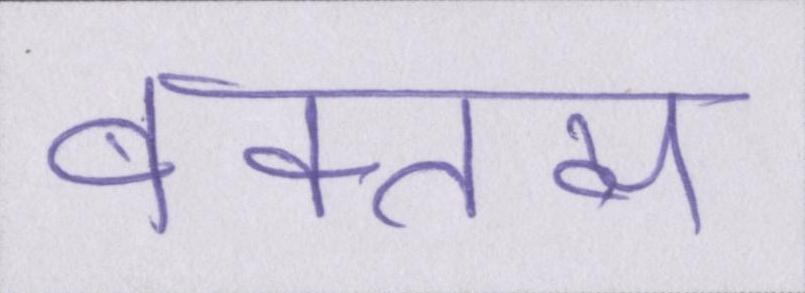
वक्तव्य